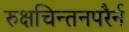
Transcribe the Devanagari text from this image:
रुक्षचिन्तनपरैर्न